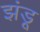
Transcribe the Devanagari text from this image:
झंडू